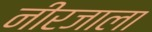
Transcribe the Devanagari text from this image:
नीरजाला